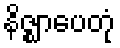
နိဇ္ဈာပေတုံ